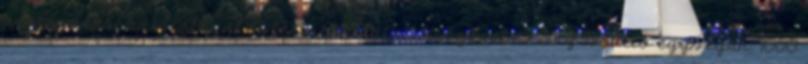
arany dekorkristállyal A termék adatai: Kiszerelés:50 g Bruttó egységár:7000